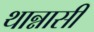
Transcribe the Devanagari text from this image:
थान्नासी